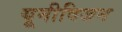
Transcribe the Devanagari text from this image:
यूनीविजन